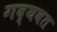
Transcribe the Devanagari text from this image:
गद्यवत